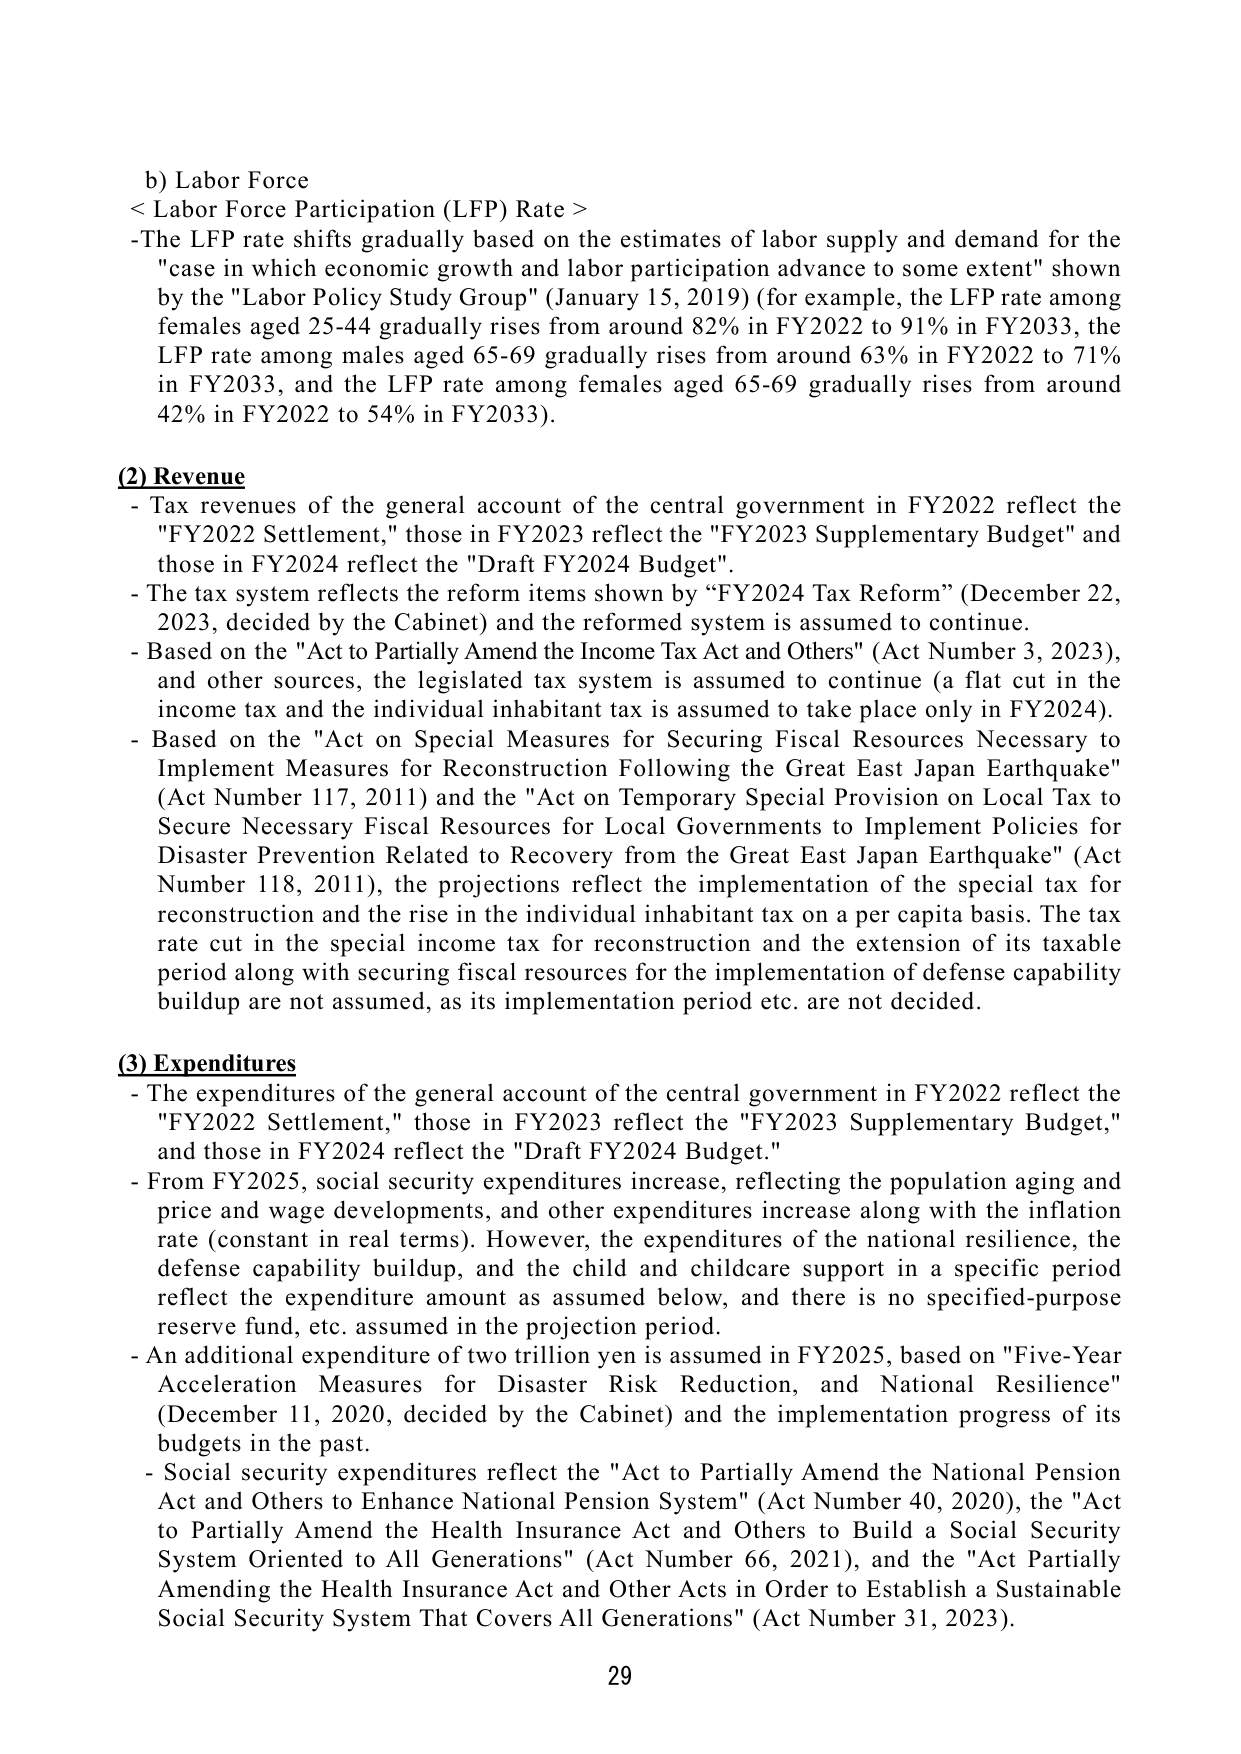
b) Labor Force
< Labor Force Participation (LFP) Rate >
- The LFP rate shifts gradually based on the estimates of labor supply and demand for the "case in which economic growth and labor participation advance to some extent" shown by the "Labor Policy Study Group" (January 15, 2019) (for example, the LFP rate among females aged 25-44 gradually rises from around 82% in FY2022 to 91% in FY2033, the LFP rate among males aged 65-69 gradually rises from around 63% in FY2022 to 71% in FY2033, and the LFP rate among females aged 65-69 gradually rises from around 42% in FY2022 to 54% in FY2033).

(2) Revenue
- Tax revenues of the general account of the central government in FY2022 reflect the "FY2022 Settlement," those in FY2023 reflect the "FY2023 Supplementary Budget" and those in FY2024 reflect the "Draft FY2024 Budget".
- The tax system reflects the reform items shown by “FY2024 Tax Reform” (December 22, 2023, decided by the Cabinet) and the reformed system is assumed to continue.
- Based on the "Act to Partially Amend the Income Tax Act and Others" (Act Number 3, 2023), and other sources, the legislated tax system is assumed to continue (a flat cut in the income tax and the individual inhabitant tax is assumed to take place only in FY2024).
- Based on the "Act on Special Measures for Securing Fiscal Resources Necessary to Implement Measures for Reconstruction Following the Great East Japan Earthquake" (Act Number 117, 2011) and the "Act on Temporary Special Provision on Local Tax to Secure Necessary Fiscal Resources for Local Governments to Implement Policies for Disaster Prevention Related to Recovery from the Great East Japan Earthquake" (Act Number 118, 2011), the projections reflect the implementation of the special tax for reconstruction and the rise in the individual inhabitant tax on a per capita basis. The tax rate cut in the special income tax for reconstruction and the extension of its taxable period along with securing fiscal resources for the implementation of defense capability buildup are not assumed, as its implementation period etc. are not decided.

(3) Expenditures
- The expenditures of the general account of the central government in FY2022 reflect the "FY2022 Settlement," those in FY2023 reflect the "FY2023 Supplementary Budget," and those in FY2024 reflect the "Draft FY2024 Budget."
- From FY2025, social security expenditures increase, reflecting the population aging and price and wage developments, and other expenditures increase along with the inflation rate (constant in real terms). However, the expenditures of the national resilience, the defense capability buildup, and the child and childcare support in a specific period reflect the expenditure amount as assumed below, and there is no specified-purpose reserve fund, etc. assumed in the projection period.
- An additional expenditure of two trillion yen is assumed in FY2025, based on "Five-Year Acceleration Measures for Disaster Risk Reduction, and National Resilience" (December 11, 2020, decided by the Cabinet) and the implementation progress of its budgets in the past.
- Social security expenditures reflect the "Act to Partially Amend the National Pension Act and Others to Enhance National Pension System" (Act Number 40, 2020), the "Act to Partially Amend the Health Insurance Act and Others to Build a Social Security System Oriented to All Generations" (Act Number 66, 2021), and the "Act Partially Amending the Health Insurance Act and Other Acts in Order to Establish a Sustainable Social Security System That Covers All Generations" (Act Number 31, 2023).

29